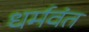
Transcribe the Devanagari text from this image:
धर्मवंत